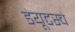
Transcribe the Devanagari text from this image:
डेयूटस्चे